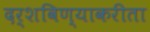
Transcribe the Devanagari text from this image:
दर्शविण्याकरीता